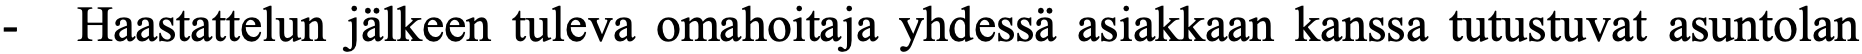
- Haastattelun jälkeen tuleva omahoitaja yhdessä asiakkaan kanssa tutustuvat asuntolan